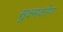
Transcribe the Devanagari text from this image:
सूक्ष्मकोण